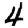
Digit: 4